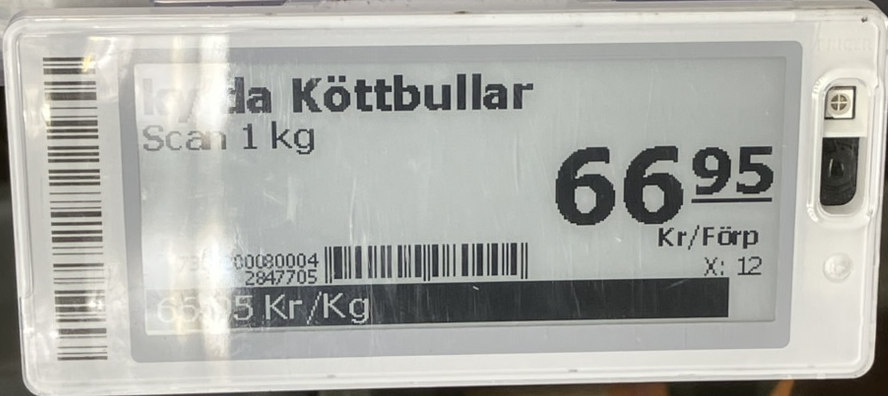
Vara: kyda Köttbullar
Genomsnittspris: 66.95 per kg